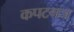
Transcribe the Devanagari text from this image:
कपटगज